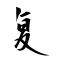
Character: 复